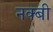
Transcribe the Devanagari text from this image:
नक्बी